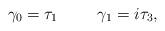
LaTeX: \begin{align*}\gamma_0=\tau_1 \hspace*{1cm} \gamma_1=i\tau_3,\end{align*}